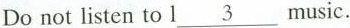
Do not listen to l\underline{3}music.